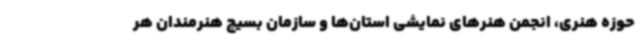
حوزه‌ هنری، انجمن هنرهای نمایشی استان‌ها و سازمان بسیج هنرمندان هر